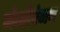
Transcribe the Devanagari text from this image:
मंजोरंजन